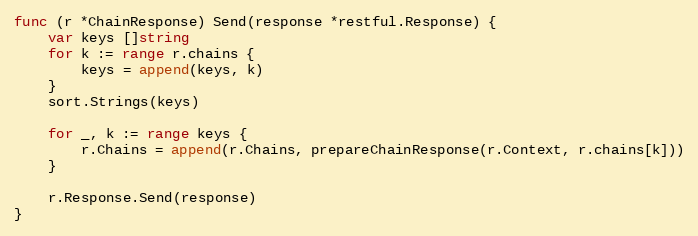
Language: Go
func (r *ChainResponse) Send(response *restful.Response) {
	var keys []string
	for k := range r.chains {
		keys = append(keys, k)
	}
	sort.Strings(keys)

	for _, k := range keys {
		r.Chains = append(r.Chains, prepareChainResponse(r.Context, r.chains[k]))
	}

	r.Response.Send(response)
}